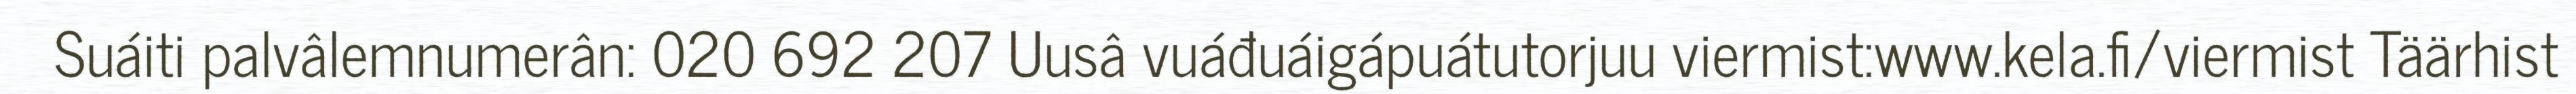
Suáiti palvâlemnumerân: 020 692 207 Uusâ vuáđuáigápuátutorjuu viermist:www.kela.fi/viermist Täärhist